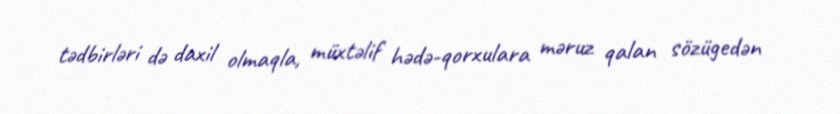
tədbirləri də daxil olmaqla, müxtəlif hədə-qorxulara məruz qalan sözügedən